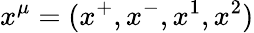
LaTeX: x^{\mu}=(x^{+},x^{-},x^{1},x^{2})